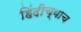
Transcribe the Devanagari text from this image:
हिंदीच्याच